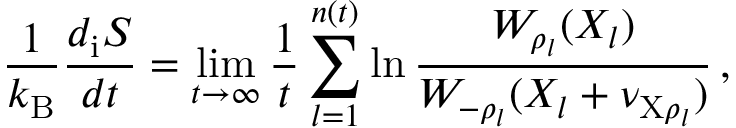
\frac { 1 } { k _ { \mathrm { B } } } \frac { d _ { \mathrm { i } } S } { d t } = \operatorname* { l i m } _ { t \to \infty } \frac { 1 } { t } \sum _ { l = 1 } ^ { n ( t ) } \ln \frac { W _ { \rho _ { l } } ( X _ { l } ) } { W _ { - \rho _ { l } } ( X _ { l } + \nu _ { \mathrm { X } \rho _ { l } } ) } \, ,